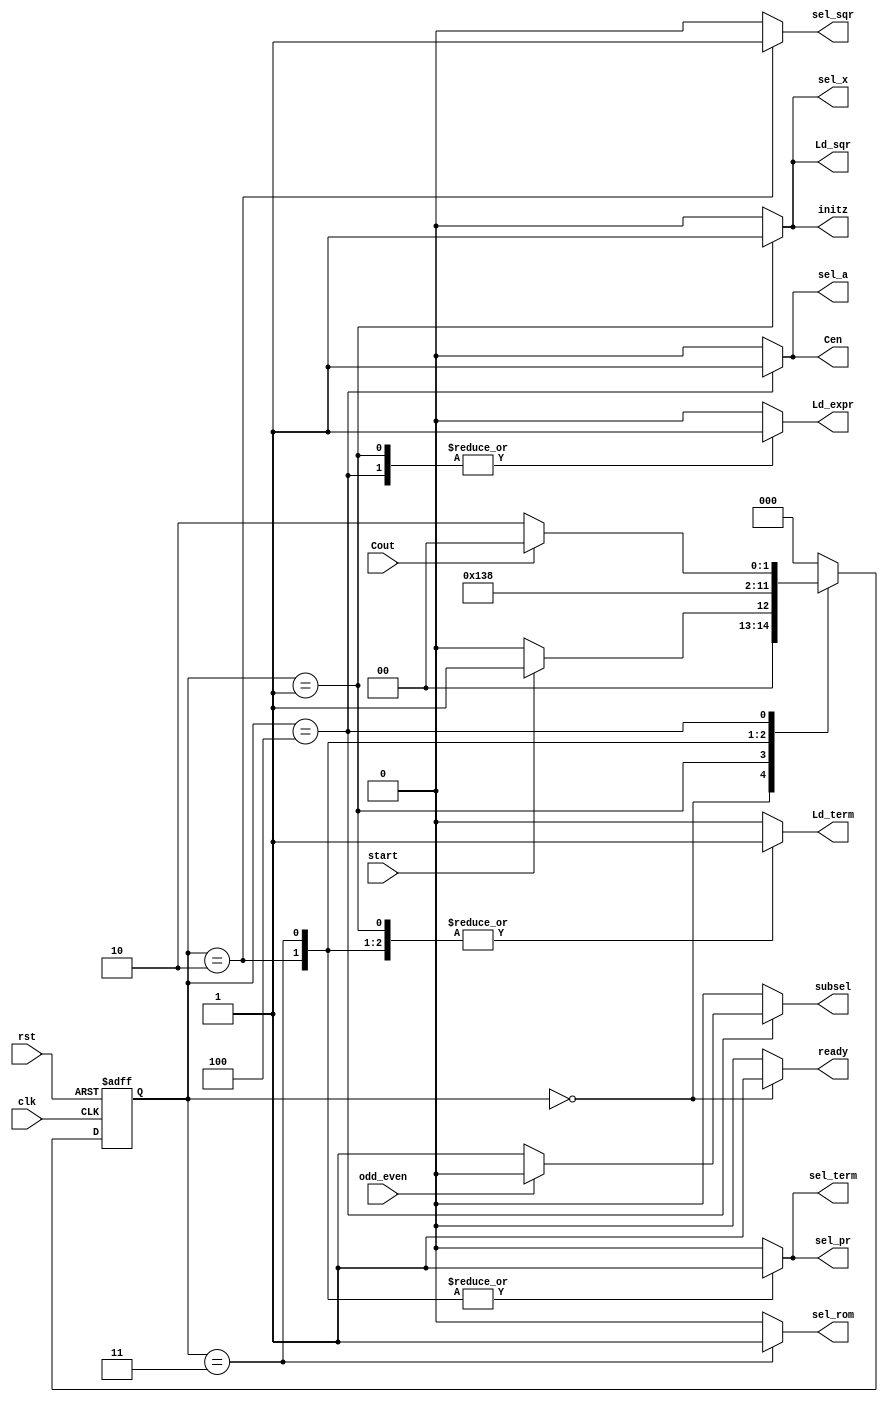
`timescale 1ns/1ns
module controlunit_tanh(input start,clk, rst,odd_even, Cout,output reg sel_sqr,sel_rom, sel_term,initz,
Cen,Ld_sqr,sel_x,Ld_term,sel_pr,sel_a,subsel,Ld_expr,ready);
 reg [2:0] ps,ns;
always@(posedge clk, posedge rst)
 if(rst) ps<= 3'b0;
 else ps<=ns;
always@(ps,start,Cout)begin
ns=3'b0;
case(ps)
  0:ns=(start==1)?3'b001:3'b0;
  1:ns=3'b010;
  2:ns=3'b011;
  3:ns=3'b100;
  4:ns=(Cout==1)?3'b0:3'b010;
  default:ns=3'b0;
endcase
end
always@(ps,odd_even)begin
{initz,Cen,Ld_term, Ld_expr, Ld_sqr,sel_x, sel_rom,
 sel_sqr, sel_term, sel_a, sel_pr,subsel,ready}=13'b0;
 case(ps)
   0:ready=1;
   1:{Ld_sqr,sel_x,Ld_term,Ld_expr,initz}=5'b11111;
   2:{sel_sqr,sel_term,sel_pr,Ld_term}=4'b1111;
   3:{Ld_term,sel_pr,sel_rom,sel_term}=4'b1111;
   4:begin {Ld_expr,sel_a,Cen}=3'b111; subsel=(odd_even==1)?1'b0:1'b1;end
   default:{initz,Cen,Ld_term, Ld_expr, Ld_sqr,sel_x, sel_rom,
 sel_sqr, sel_term, sel_a, sel_pr,subsel,ready}=13'b0;
 endcase
 end
endmodule